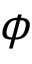
\phi